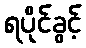
ရပိုင်ခွင့်